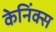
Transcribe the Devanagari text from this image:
केनिंक्स